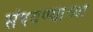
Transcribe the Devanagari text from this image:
संपवण्याच्या